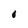
Character: 0